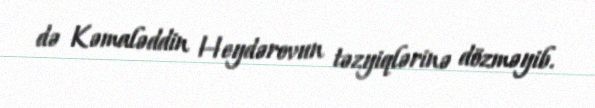
də Kəmaləddin Heydərovun təzyiqlərinə dözməyib.